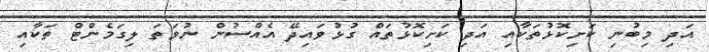
އަދި މިބުނި ކަށިކޮޅުތަކާއި އަދި ކަށިކޮޅުތައް ގުޅުވައިދޭ އެއްސުން ނުވަތަ ލިގަމެންޓް ތަކާއި